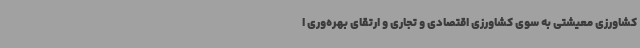
کشاورزی معیشتی به سوی کشاورزی اقتصادی و تجاری و ارتقای بهره‌وری ا